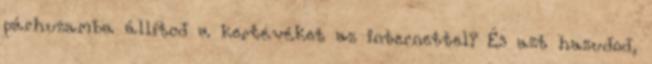
párhuzamba állítod a kertévéket az internettel? És azt hazudod,